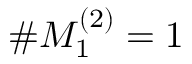
\# M _ { 1 } ^ { ( 2 ) } = 1